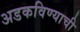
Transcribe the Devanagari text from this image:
अडकविण्याची